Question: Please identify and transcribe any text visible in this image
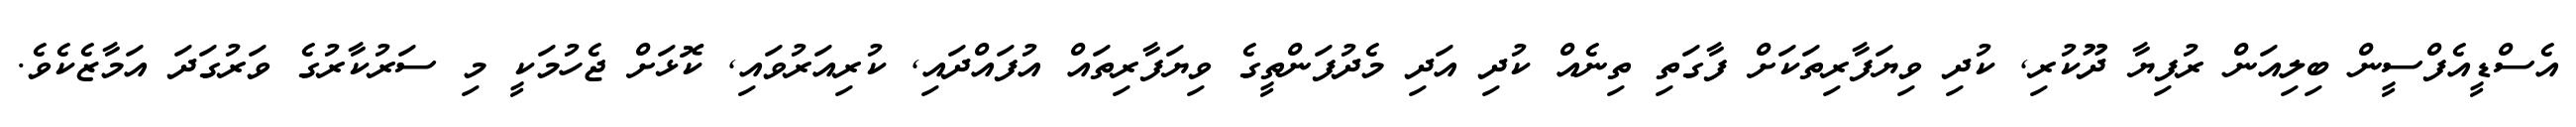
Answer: އެސްޑީއެފްސީން ބިލިއަން ރުފިޔާ ދޫކުރި, ކުދި ވިޔަފާރިތަކަށް ފާގަތި ތިނެއް ކުދި އަދި މެދުފަންތީގެ ވިޔަފާރިތައް އުފައްދައި, ކުރިއަރުވައި, ކޮޅަށް ޖެހުމަކީ މި ސަރުކާރުގެ ވަރުގަދަ އަމާޒެކެވެ.